Trukikaitis_Postimees, lk 76
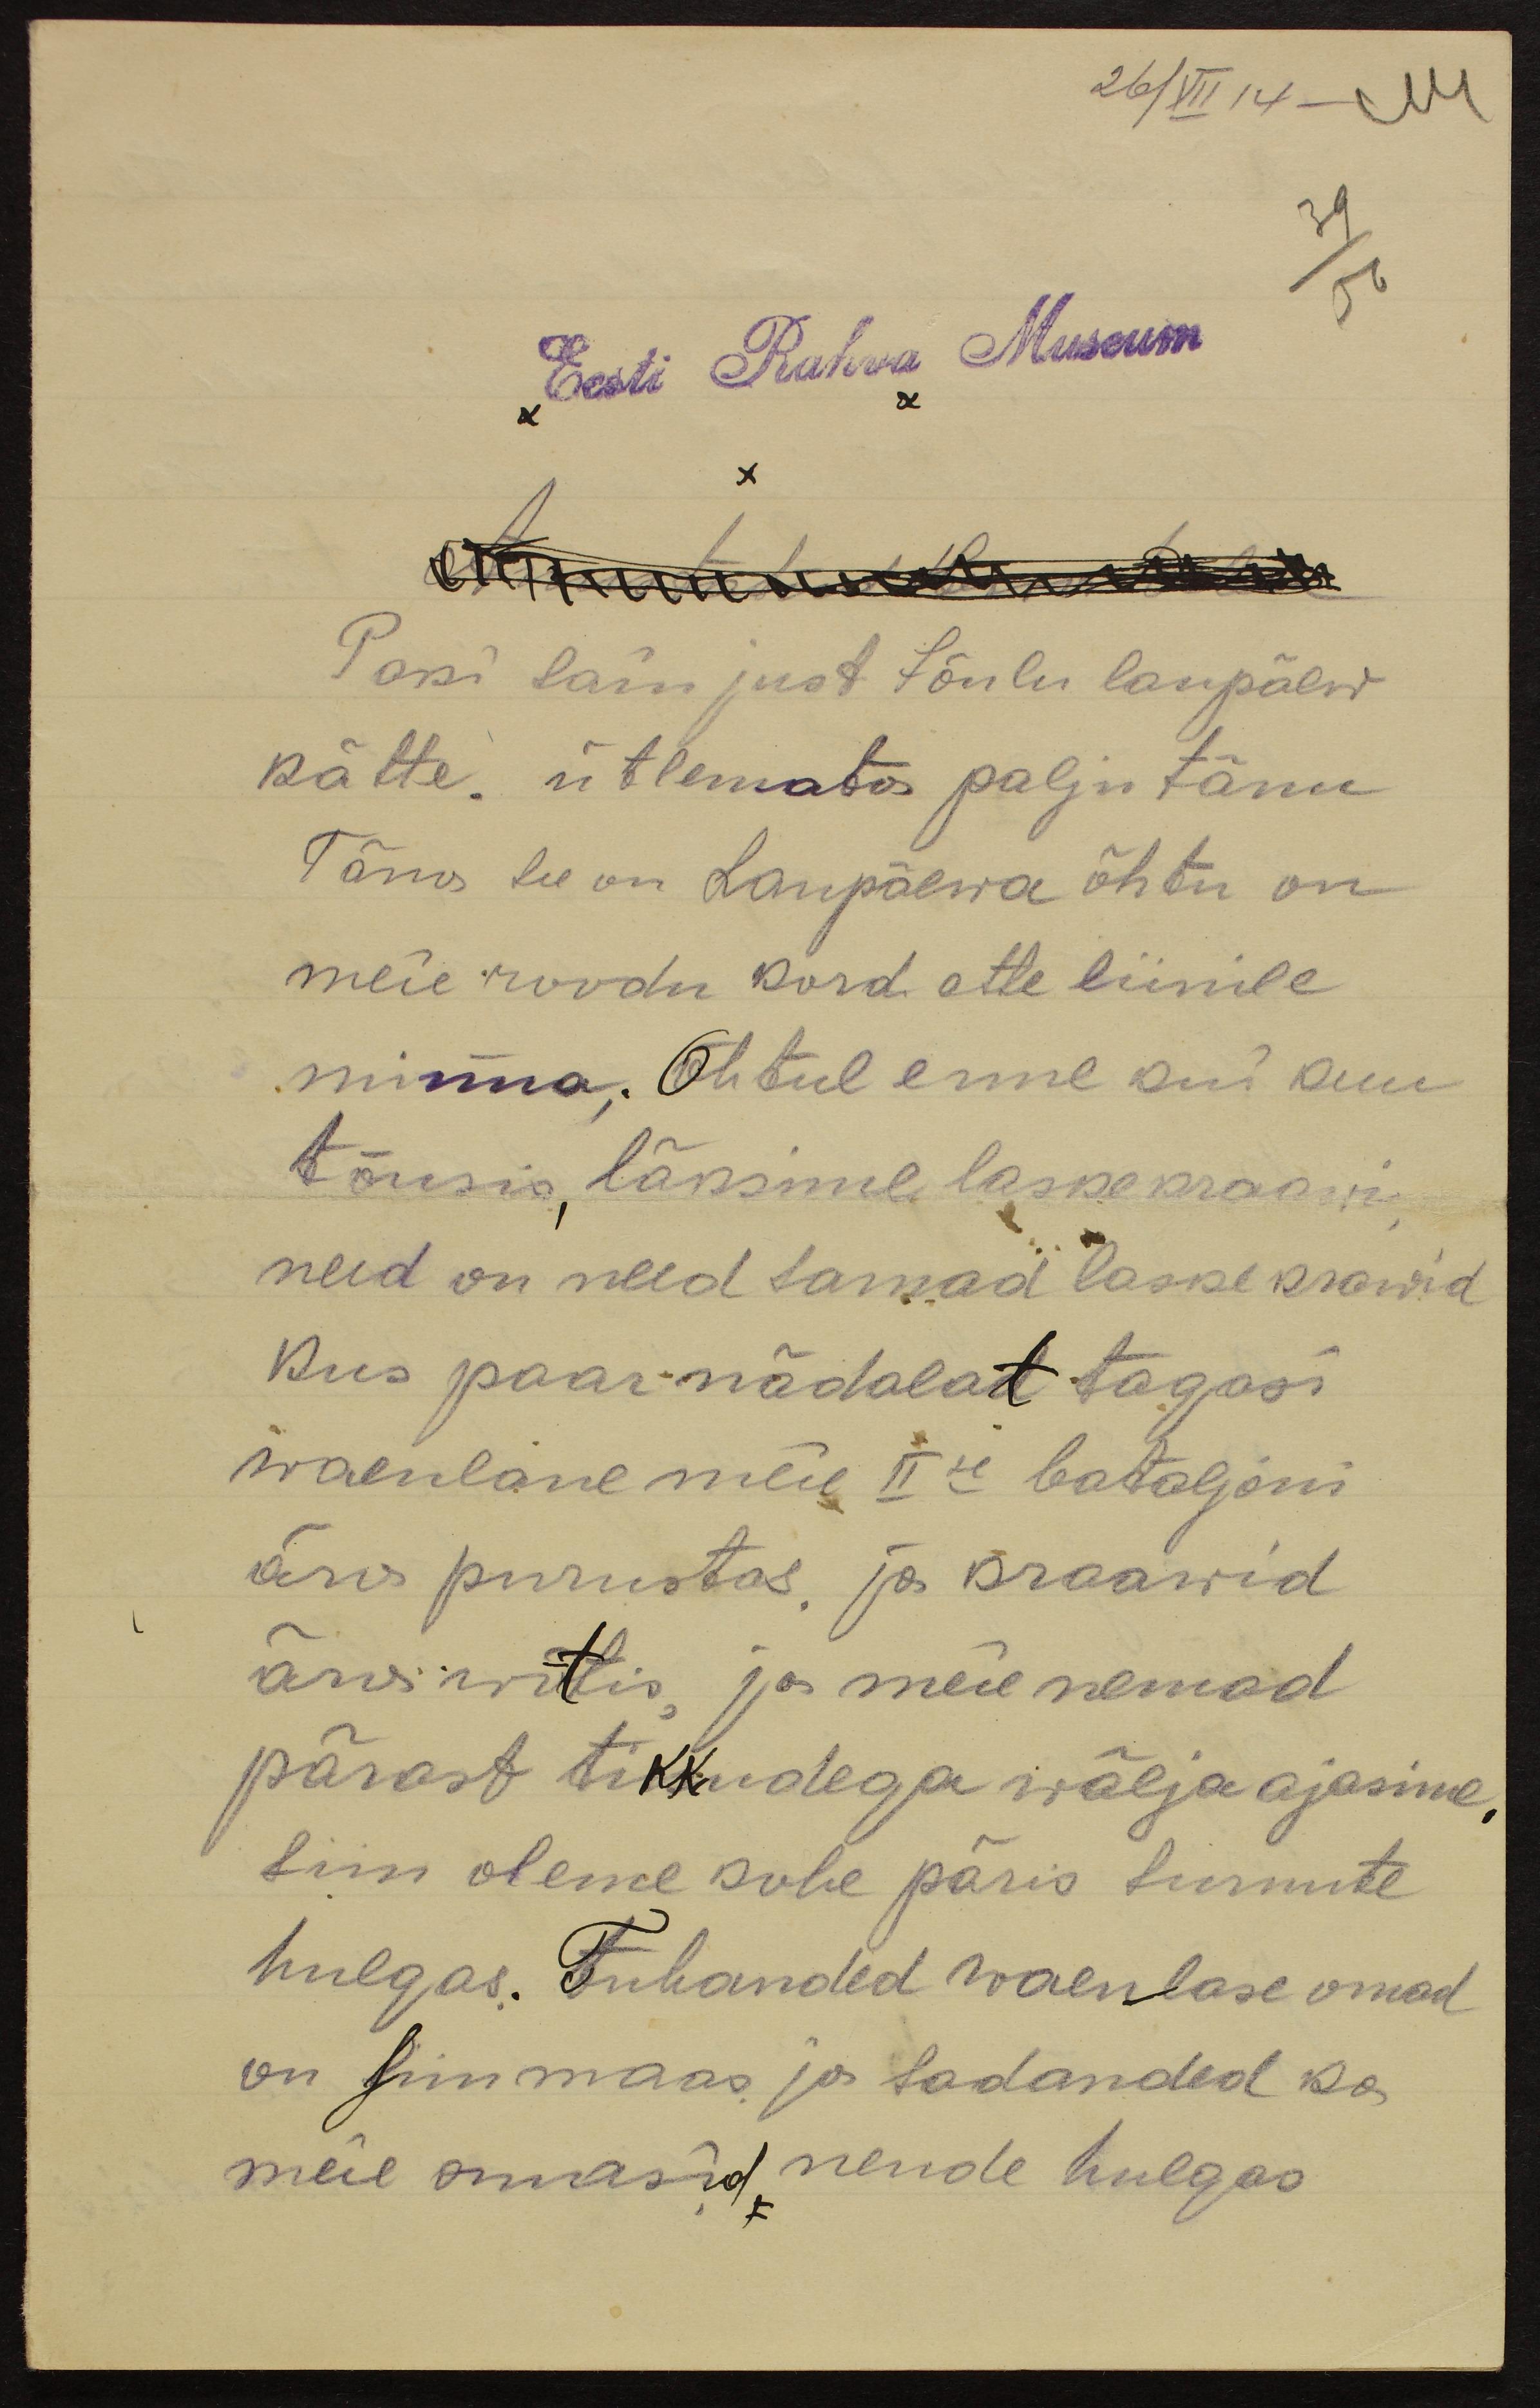
26/XII 14
Eesti Rahva Museum
Austatud uuratud on
Paki sain just Jõulu laupäew
kätte. ütlemata palju tänu
Täna see on Laupäewa õhtu on
meie roodu kord ette liinile
minna. Õhtul enne kui kuu
tõusis, läksime laskekraawi,'
need on need samad laskekrawid
kus paar nädalat tagasi
waenlane meie IIse bataljoni
ära purustas, ja kraawid
ära wõttis ja meie nemad
pärast tikkudega wälja ajasime.
Siin oleme kohe päris surnute
hulgas. Tuhanded waenlase omad
on Siin maas ja sadanded ka
meie omasid nende hulgas